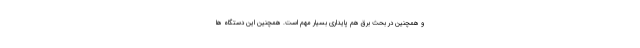
و همچنین در بحث برق هم پایداری بسیار مهم است. همچنین این دستگاه ها